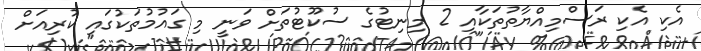
އެކި އެކި ރަސްމިއްޔާތުތަކާއި 2 މިނިޓުގެ ސުކޫޓުތަށް ވަނީ މި ގައުމުތަކުގައި ކުރިއަށް